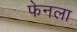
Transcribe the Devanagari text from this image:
फेनला